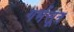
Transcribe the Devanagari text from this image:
गर्भसूत्र